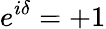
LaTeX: e^{i\delta}=+1